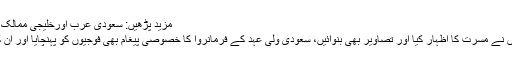
مزید پڑھیں: سعودی عرب اورخلیجی ممالک میں آج عید الفطرمنائی جارہی ہے
محمد بن سلمان کو دیکھ کر فوجیوں نے مسرت کا اظہار کیا اور تصاویر بھی بنوائیں، سعودی ولی عہد کے فرمانروا کا خصوصی پیغام بھی فوجیوں کو پہنچایا اور اُن کے ساتھ مکمل اظہار یکجہتی کیا۔